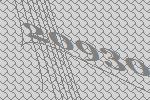
20930